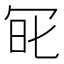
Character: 𠖆